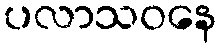
ပလာသဝနေ